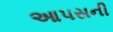
આપસની